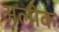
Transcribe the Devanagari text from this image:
अलीक